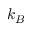
k _ { B }